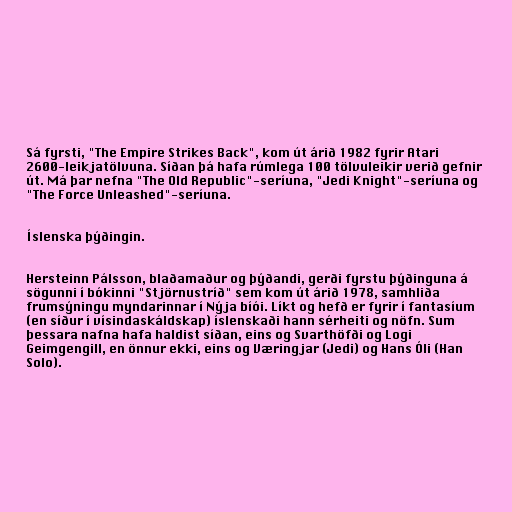
Sá fyrsti, "The Empire Strikes Back", kom út árið 1982 fyrir Atari
2600-leikjatölvuna. Síðan þá hafa rúmlega 100 tölvuleikir verið gefnir
út. Má þar nefna "The Old Republic"-seríuna, "Jedi Knight"-seríuna og
"The Force Unleashed"-seríuna.

Íslenska þýðingin.

Hersteinn Pálsson, blaðamaður og þýðandi, gerði fyrstu þýðinguna á
sögunni í bókinni "Stjörnustríð" sem kom út árið 1978, samhliða
frumsýningu myndarinnar í Nýja bíói. Líkt og hefð er fyrir í fantasíum
(en síður í vísindaskáldskap) íslenskaði hann sérheiti og nöfn. Sum
þessara nafna hafa haldist síðan, eins og Svarthöfði og Logi
Geimgengill, en önnur ekki, eins og Væringjar (Jedi) og Hans Óli (Han
Solo).